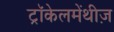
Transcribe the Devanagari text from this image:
ट्रॉकेलमेंथीज़